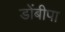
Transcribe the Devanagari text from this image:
डोंबीपा